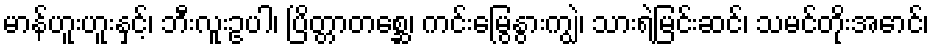
မာန်ဟူးဟူးနှင့်၊ ဘီးလူးဥပါ၊ ပြိတ္တာတစ္ဆေ၊ ကင်းမြွေနွားကျွဲ၊ သားရဲမြင်းဆင်၊ သမင်တိုးအောင်၊